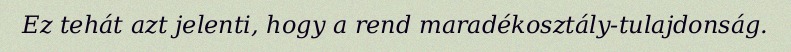
Ez tehát azt jelenti, hogy a rend maradékosztály-tulajdonság.